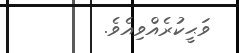
ވަޙީކުރެއްވިއެވެ.